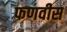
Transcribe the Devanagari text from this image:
फणवीस